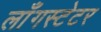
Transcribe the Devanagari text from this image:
लाँगस्टेटर